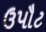
ઉપૌટ